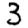
Digit: 3